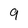
Character: 9